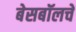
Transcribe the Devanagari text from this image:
बेसबॉलचे